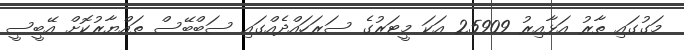
މަގުގައި ތާރު އަޅާއިރު 25909 އަކަ މީޓަރުގެ ސަރަހައްދެއްގައި ސަބްބޭސް ތައްޔާރުކޮށް އޭބީސީ